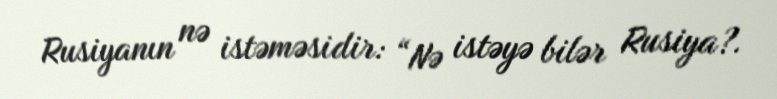
Rusiyanın nə istəməsidir: “Nə istəyə bilər Rusiya?.